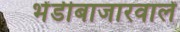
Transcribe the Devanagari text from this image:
भेंडीबाजारवालें